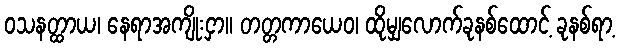
ဝသနတ္ထာယ၊ နေရာအကျိုးငှာ။ တတ္တကာယေဝ၊ ထိုမျှလောက်ခုနစ်ထောင့် ခုနစ်ရာ့